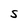
Character: S